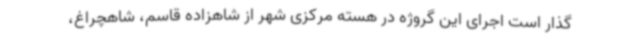
گذار است اجرای این گروژه در هسته مرکزی شهر از شاهزاده قاسم، شاهچراغ،